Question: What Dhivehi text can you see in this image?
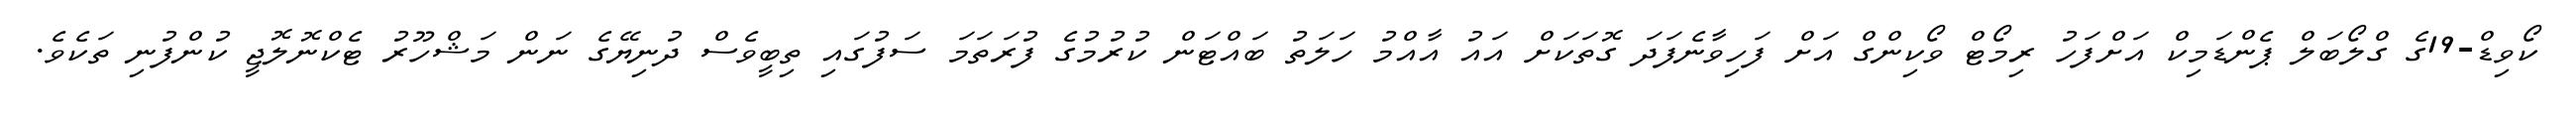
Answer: ކޯވިޑް-19ގެ ގްލޯބަލް ޕެންޑަމިކް އަށްފަހު ރިމޯޓް ވޯކިންގް އަށް ފަހިވާނެފަދަ ގޮތަކަށް އައު އާއްމު ހަލަތު ބައްޓަން ކުރުމުގެ ފުރަތަމަ ސަފުގައި ތިބީވެސް ދުނިޔޭގެ ނަން މަޝްހޫރު ޓެކްނޮލޮޖީ ކުންފުނި ތަކެވެ.